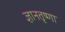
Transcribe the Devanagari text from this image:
ज्ञानतृष्णा